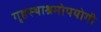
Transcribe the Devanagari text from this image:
गृहस्थाश्रमोपयोगी